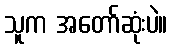
သူက အတော်ဆုံးပဲ။